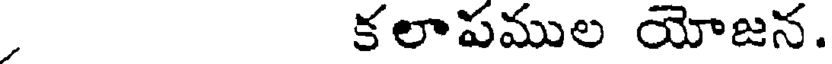
కలాపముల యోజన.